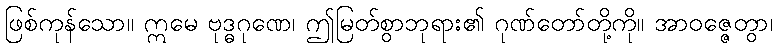
ဖြစ်ကုန်သော။ ဣမေ ဗုဒ္ဓဂုဏေ၊ ဤမြတ်စွာဘုရား၏ ဂုဏ်တော်တို့ကို။ အာဝဇ္ဇေတွာ၊